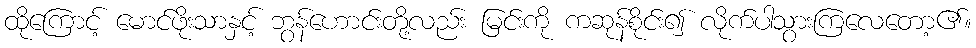
ထိုကြောင့် မောင်ဖိုးသာနှင့် ဘွန်ဟောင်းတို့လည်း မြင်းကို ကဆုန်စိုင်း၍ လိုက်ပါသွားကြလေတော့၏။